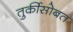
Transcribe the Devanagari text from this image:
तुर्कीसोबत